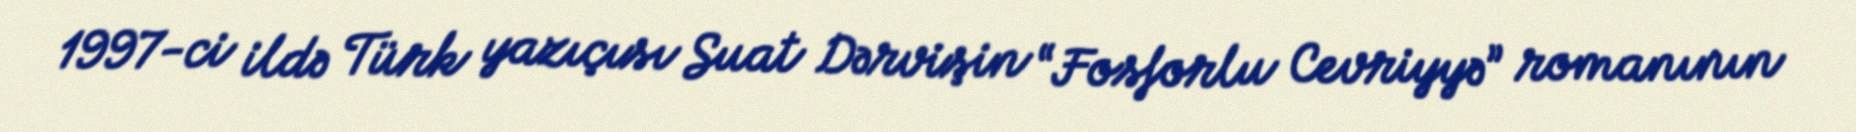
1997-ci ildə Türk yazıçısı Suat Dərvişin “Fosforlu Cevriyyə” romanının